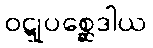
ဝဋ္ဋုပစ္ဆေဒါယ